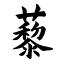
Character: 藜